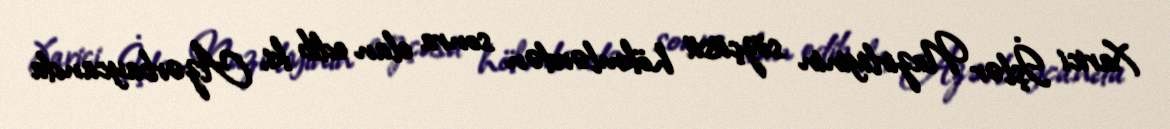
Xarici İşlər Nazirliyinin sözçüsü hökmlərdən sonra elan edib ki, Azərbaycanda